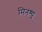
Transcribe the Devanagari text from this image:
मिनश्यू